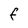
Character: f